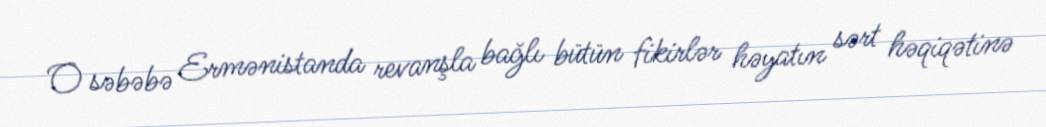
O səbəbə Ermənistanda revanşla bağlı bütün fikirlər həyatın sərt həqiqətinə